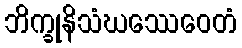
ဘိက္ခုနိသံဃဿေဝေတံ